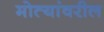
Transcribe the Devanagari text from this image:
मोत्यांवरील